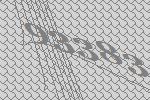
93383